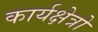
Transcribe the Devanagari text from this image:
कार्यक्षेत्रो